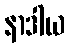
နာဒါယ